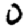
Digit: 0